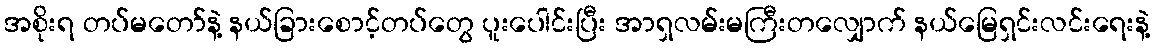
အစိုးရ တပ်မတော်နဲ့ နယ်ခြားစောင့်တပ်တွေ ပူးပေါင်းပြီး အာရှလမ်းမကြီးတလျှောက် နယ်မြေရှင်းလင်းရေးနဲ့